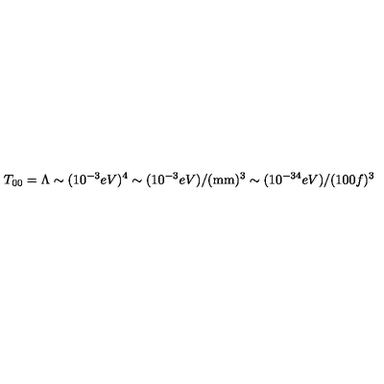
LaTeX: T _ { 0 0 } = \Lambda \sim ( 1 0 ^ { - 3 } e V ) ^ { 4 } \sim ( 1 0 ^ { - 3 } e V ) / ( \mathrm { m m } ) ^ { 3 } \sim ( 1 0 ^ { - 3 4 } e V ) / ( 1 0 0 f ) ^ { 3 }